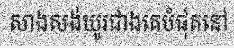
សាងសង់យូរជាងគេបំផុតនៅ